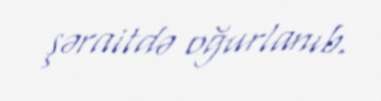
şəraitdə oğurlanıb.